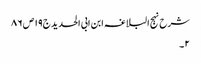
شرح نہج البلاغہ ابن ابی الحدید ج١٩ ص ٨٦
٢۔